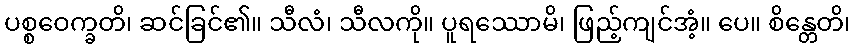
ပစ္စဝေက္ခတိ၊ ဆင်ခြင်၏။ သီလံ၊ သီလကို။ ပူရဿောမိ၊ ဖြည့်ကျင်အံ့။ ပေ။ စိန္တေတိ၊